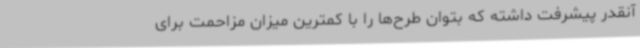
آنقدر پیشرفت داشته که بتوان طرح‌ها را با کمترین میزان مزاحمت برای